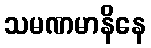
သမဏမာနိနေ